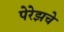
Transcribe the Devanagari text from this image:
पेरेझचे